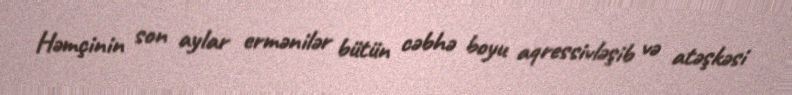
Həmçinin son aylar ermənilər bütün cəbhə boyu aqressivləşib və atəşkəsi